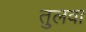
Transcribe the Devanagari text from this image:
तुलवा